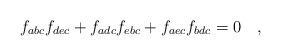
LaTeX: \begin{align*}f_{abc}f_{dec}+f_{adc}f_{ebc}+f_{aec}f_{bdc}=0 \quad ,\end{align*}